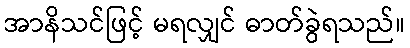
အာနိသင်ဖြင့် မရလျှင် ဓာတ်ခွဲရသည်။